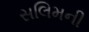
સલિમની